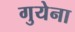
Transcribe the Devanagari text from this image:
गुयेना